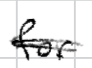
Text: for
Cross-out: double-line
Writing tool: digital_black